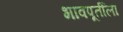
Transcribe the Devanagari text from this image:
भावपूर्तीला